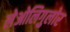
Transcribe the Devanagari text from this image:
लेओलिगुलोर